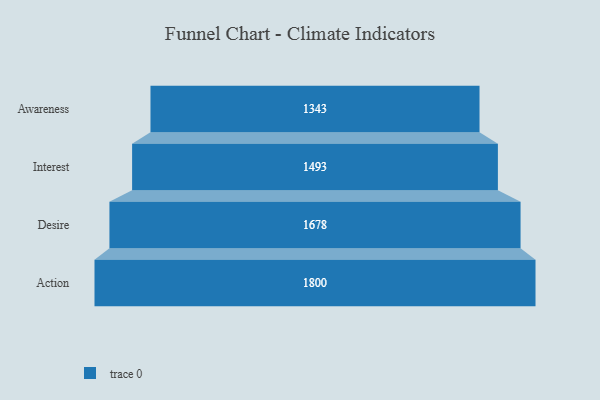
{"axis": {"x": "Stage", "y": "Value"}, "legend": [""], "data": [{"x": "Awareness", "y": 1343.0, "type": ""}, {"x": "Interest", "y": 1493.0, "type": ""}, {"x": "Desire", "y": 1678.0, "type": ""}, {"x": "Action", "y": 1800.0, "type": ""}]}